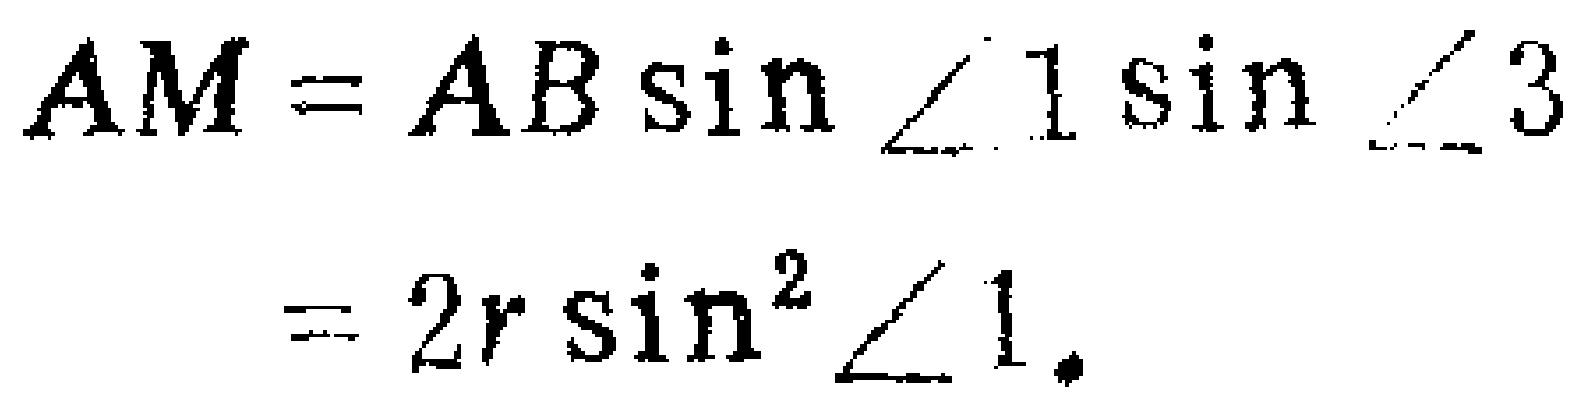
\[
\begin{align*}
AM&=AB\sin\angle1\sin\angle3\\
&=2r\sin^{2}\angle1.
\end{align*}
\]